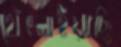
থেঁৎলাইয়াছি